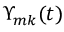
\Upsilon _ { m k } ( t )